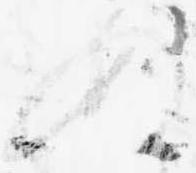
ぬ